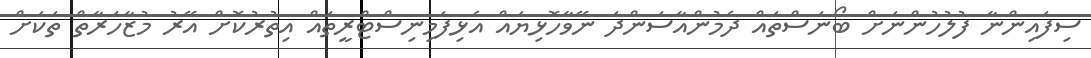
ސިފައިންނާ ފުލުހުންނަށް ބޯނަސްތައް ދެމުންއާސަންދަ ނޭވާހޮޅިޔައް އެޅިފަމިނިސްޓްރީތައް އިތުރުކޮށް އޭރު މުޒާހަރާތް ތަކަށް